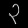
Digit: ၃